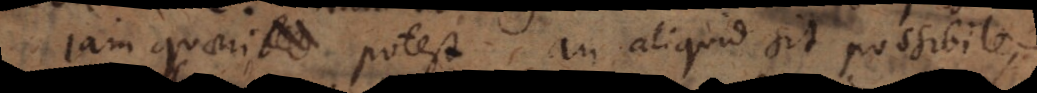
jam quaeri potest an aliquid sit possibile,